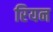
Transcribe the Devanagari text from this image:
रियन